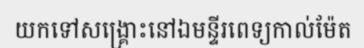
យកទៅសង្គ្រោះនៅឯមន្ទីរពេទ្យកាល់ម៉ែត